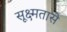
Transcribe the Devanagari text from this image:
सूक्ष्मतासे